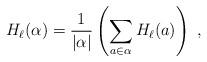
LaTeX: \begin{align*}H_\ell(\alpha)= {1\over |\alpha|}\left(\sum_{a\in \alpha} H_\ell(a)\right)~,\end{align*}